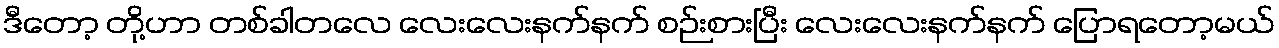
ဒီတော့ တို့ဟာ တစ်ခါတလေ လေးလေးနက်နက် စဉ်းစားပြီး လေးလေးနက်နက် ပြောရတော့မယ်